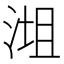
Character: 𣶝